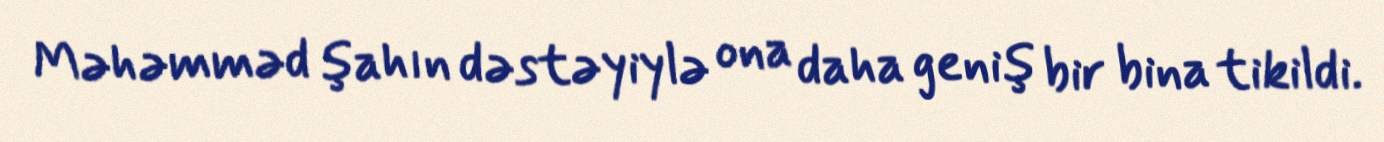
Məhəmməd şahın dəstəyiylə ona daha geniş bir bina tikildi.